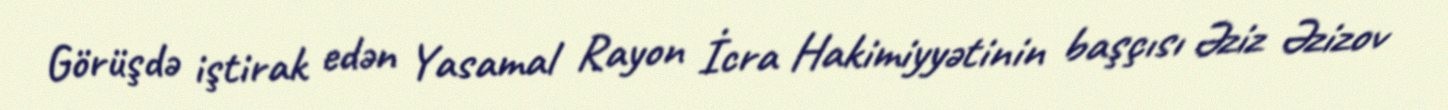
Görüşdə iştirak edən Yasamal Rayon İcra Hakimiyyətinin başçısı Əziz Əzizov